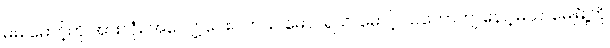
မမ မောင့်ကို အားလုံး အလျှော့ပေးပါတယ် မောင်ရယ်၊ မောင့် သဘောကျ နေပါ့မယ်၊ မေမြို့ကို